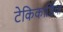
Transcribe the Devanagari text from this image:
टेकिकार्डिया